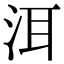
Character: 洱